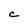
Character: C